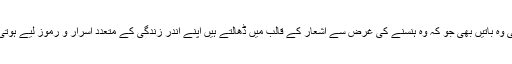
ان کی وہ باتیں بھی جو کہ وہ ہنسنے کی غرض سے اشعار کے قالب میں ڈھالتے ہیں اپنے اندر زندگی کے متعدد اسرار و رموز لیے ہوتی ہیں۔